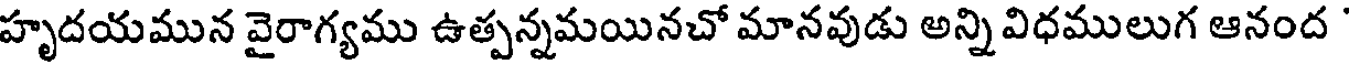
హృదయమున వైరాగ్యము ఉత్పన్నమయినచో మానవుడు అన్ని విధములుగ ఆనంద